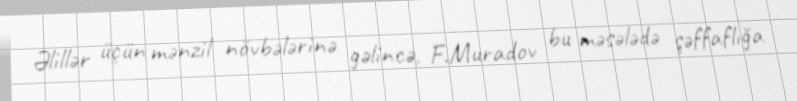
Əlillər üçün mənzil növbələrinə gəlincə, F.Muradov bu məsələdə şəffaflığa